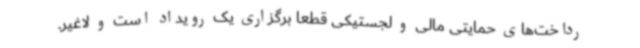
رداخت‌های حمایتی مالی و لجستیکی قطعا برگزاری یک رویداد است و لاغیر.